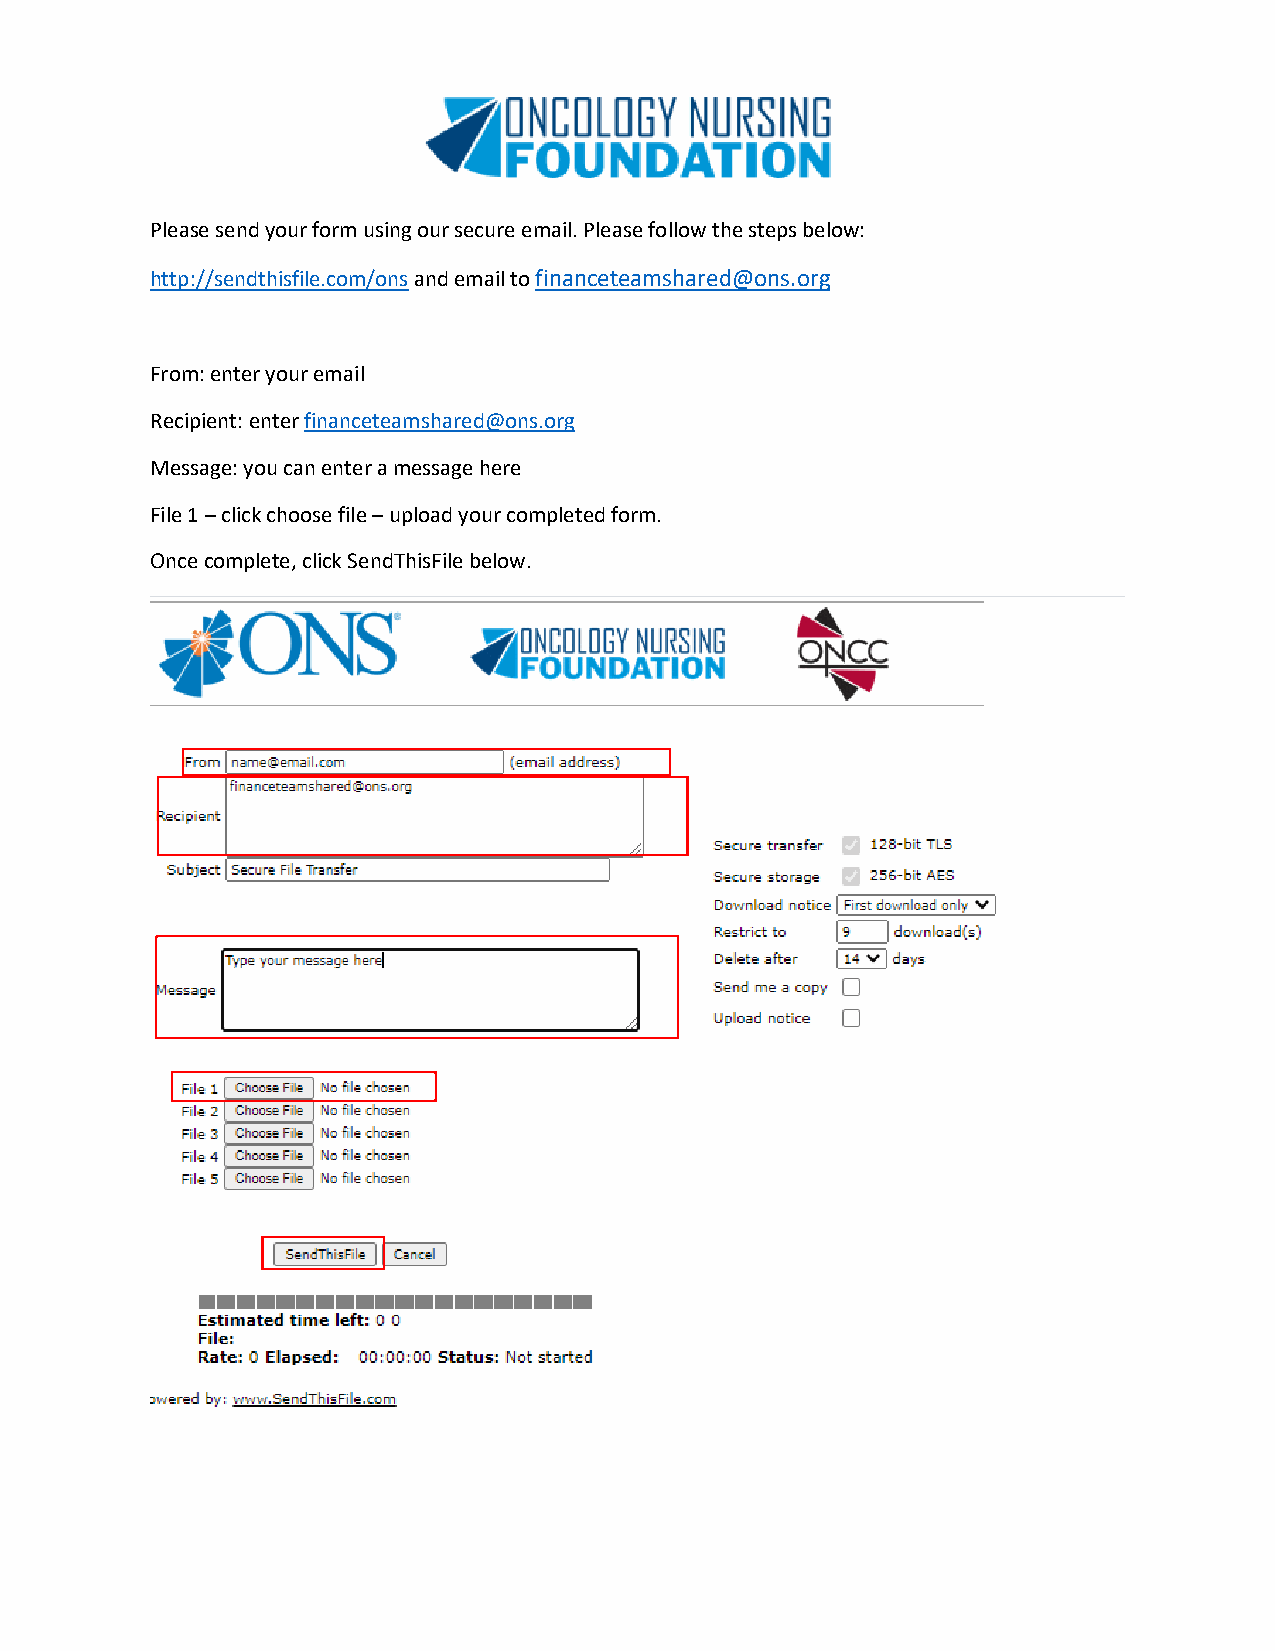
Please send your form using our secure email. Please follow the steps below:
 http://sendthisfile.com/ons and email to financeteamshared@ons.org
 From: enter your email
 Recipient: enter financeteamshared@ons.org
 Message: you can enter a message here
 File 1 – click choose file – upload your completed form.
 Once complete, click SendThisFile below.